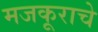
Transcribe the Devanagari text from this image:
मजकूराचे